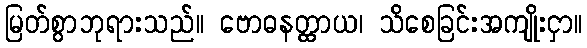
မြတ်စွာဘုရားသည်။ ဗောဓနတ္ထာယ၊ သိစေခြင်းအကျိုးငှာ။